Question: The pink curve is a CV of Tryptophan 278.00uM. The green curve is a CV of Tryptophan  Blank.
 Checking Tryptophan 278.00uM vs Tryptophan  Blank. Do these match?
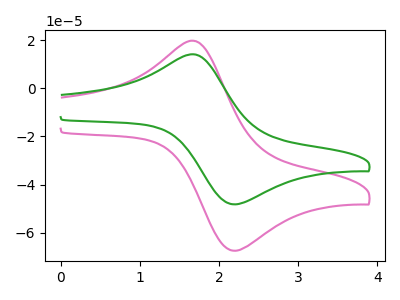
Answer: <think>The pink curve "Tryptophan 278.00uM" has an anodic peak at (1.70V, 19.35uA) and a cathodic peak at (2.20V, -67.35uA). The green curve "Tryptophan  Blank" has an anodic peak at (1.70V, 13.85uA) and a cathodic peak at (2.20V, -48.15uA).
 All the peaks in "Tryptophan 278.00uM" have a peak in "Tryptophan  Blank" at the same potential. Every peak in "Tryptophan 278.00uM" is higher than every peak in "Tryptophan  Blank".</think>
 <answer>"Tryptophan 278.00uM" and "Tryptophan  Blank" are similar in shape.</answer>
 <eval>same_shape</eval>